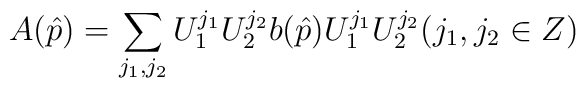
A(\hat{p})=\sum_{j_1,j_2}U_1^{j_1}U_2^{j_2}b(\hat{p})U_1^{j_1}U_2^{j_2}(j_1,j_2 \in Z)